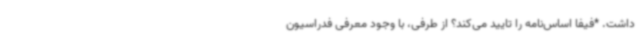
داشت. *فیفا اساس‌نامه را تایید می‌کند؟ از طرفی، با وجود معرفی فدراسیون